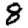
Digit: 8